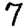
Digit: 7